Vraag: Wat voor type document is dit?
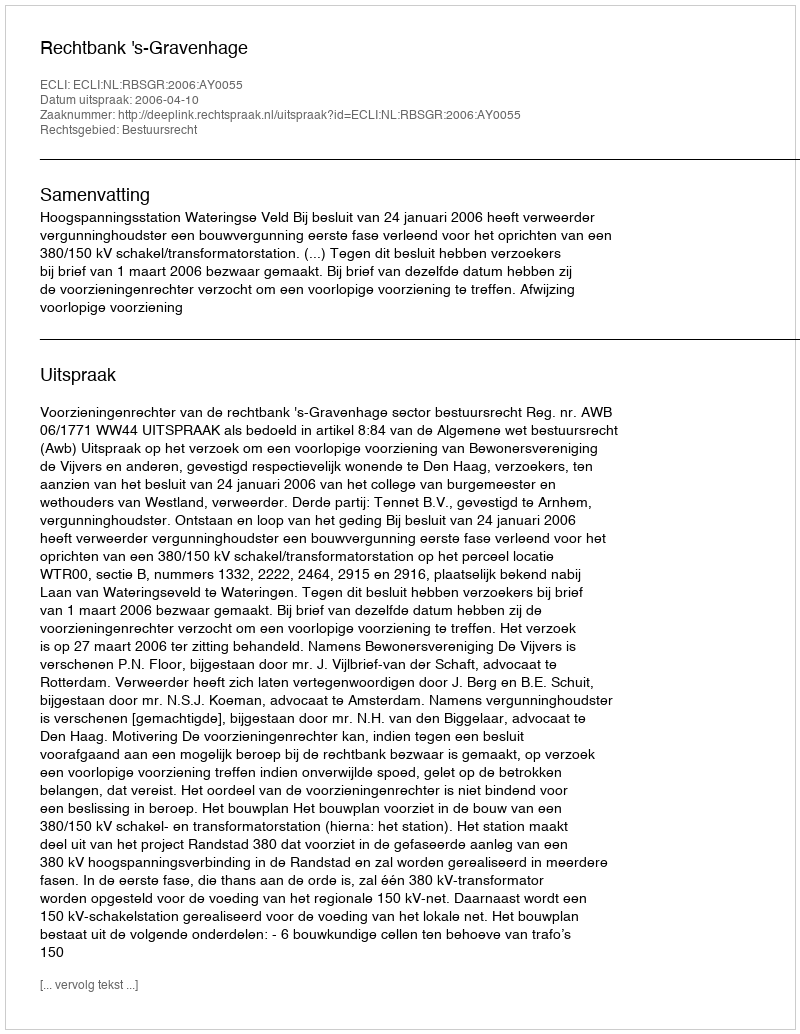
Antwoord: Uitspraak